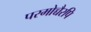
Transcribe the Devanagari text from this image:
परमोच्चैरपि